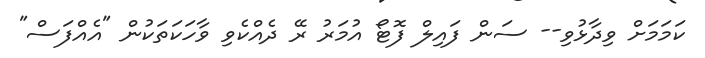
ކަަމަމަށް ވިދާޅުވި-- ސަން ފައިލް ފޮޓޯ އުމަރު ރޭ ދެއްކެވި ވާހަކަތަކުން "އެއްފަސް"